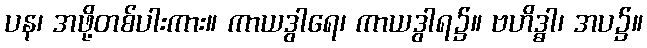
ပန၊ အဖို့တစ်ပါးကား။ ကာယဒွါရေ၊ ကာယဒွါရ၌။ ဗဟိဒ္ဓါ၊ အပ၌။